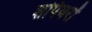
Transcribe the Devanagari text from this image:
शपियरों